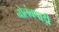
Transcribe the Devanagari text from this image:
नोलंबपाड़ी